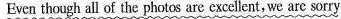
Even though all of the photos are excellent,we are sorry